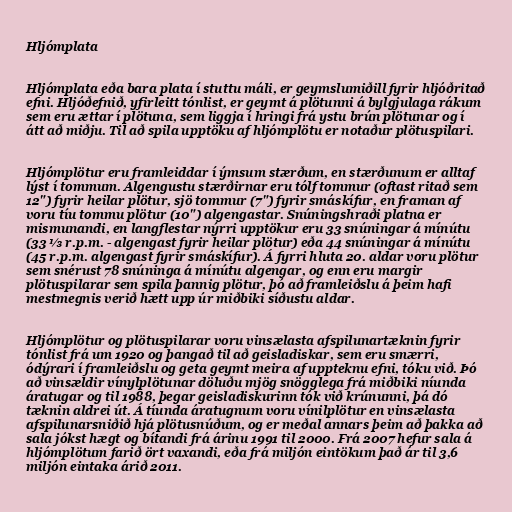
Hljómplata

Hljómplata eða bara plata í stuttu máli, er geymslumiðill fyrir hljóðritað
efni. Hljóðefnið, yfirleitt tónlist, er geymt á plötunni á bylgjulaga rákum
sem eru ættar í plötuna, sem liggja í hringi frá ystu brún plötunar og í
átt að miðju. Til að spila upptöku af hljómplötu er notaður plötuspilari.

Hljómplötur eru framleiddar í ýmsum stærðum, en stærðunum er alltaf
lýst í tommum. Algengustu stærðirnar eru tólf tommur (oftast ritað sem
12") fyrir heilar plötur, sjö tommur (7") fyrir smáskífur, en framan af
voru tíu tommu plötur (10") algengastar. Snúningshraði platna er
mismunandi, en langflestar nýrri upptökur eru 33 snúningar á mínútu
(33 ⅓ r.p.m. - algengast fyrir heilar plötur) eða 44 snúningar á mínútu
(45 r.p.m. algengast fyrir smáskífur). Á fyrri hluta 20. aldar voru plötur
sem snérust 78 snúninga á mínútu algengar, og enn eru margir
plötuspilarar sem spila þannig plötur, þó að framleiðslu á þeim hafi
mestmegnis verið hætt upp úr miðbiki síðustu aldar.

Hljómplötur og plötuspilarar voru vinsælasta afspilunartæknin fyrir
tónlist frá um 1920 og þangað til að geisladiskar, sem eru smærri,
ódýrari í framleiðslu og geta geymt meira af uppteknu efni, tóku við. Þó
að vinsældir vínylplötunar döluðu mjög snögglega frá miðbiki níunda
áratugar og til 1988, þegar geisladiskurinn tók við krúnunni, þá dó
tæknin aldrei út. Á tíunda áratugnum voru vínilplötur en vinsælasta
afspilunarsniðið hjá plötusnúðum, og er meðal annars þeim að þakka að
sala jókst hægt og bítandi frá árinu 1991 til 2000. Frá 2007 hefur sala á
hljómplötum farið ört vaxandi, eða frá miljón eintökum það ár til 3,6
miljón eintaka árið 2011.